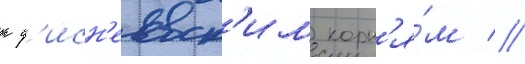
к д'исн'еевск'им корн'я́м //